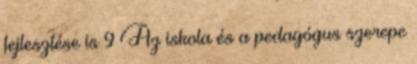
fejlesztése is 9 Az iskola és a pedagógus szerepe